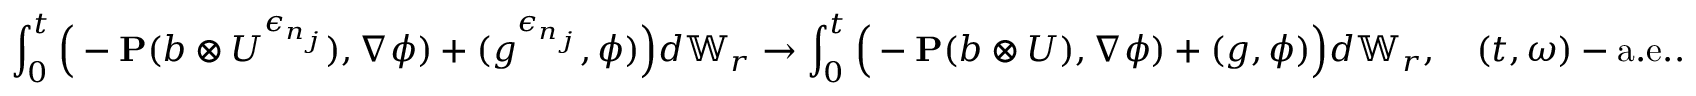
\int _ { 0 } ^ { t } \Big ( - \mathbf { P } ( b \otimes U ^ { \epsilon _ { n _ { j } } } ) , \nabla \phi ) + ( g ^ { \epsilon _ { n _ { j } } } , \phi ) \Big ) d \mathbb { W } _ { r } \to \int _ { 0 } ^ { t } \Big ( - \mathbf { P } ( b \otimes U ) , \nabla \phi ) + ( g , \phi ) \Big ) d \mathbb { W } _ { r } , \quad ( t , \omega ) - \mathrm { a . e . } .